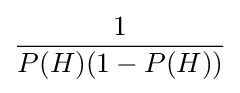
{\frac {1}{P(H)(1-P(H))}}